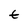
Character: t